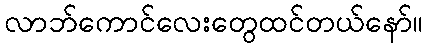
လာဘ်ကောင်လေးတွေထင်တယ်နော်။